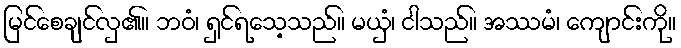
မြင်စေချင်လှ၏။ ဘဝံ၊ ရှင်ရသေ့သည်။ မယှံ၊ ငါသည်။ အဿမံ၊ ကျောင်းကို။